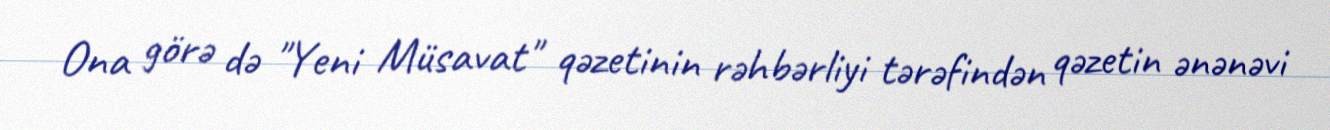
Ona görə də "Yeni Müsavat" qəzetinin rəhbərliyi tərəfindən qəzetin ənənəvi